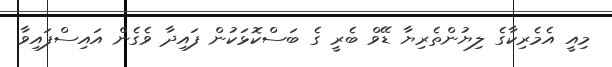
މިއީ އެމެރިކާގެ ލިޔުންތެރިޔާ ޑޭވް ބެރީ ގެ ބަސްކޮޅަކުން ފައިދާ ވެގެން އައިސްފައިވާ